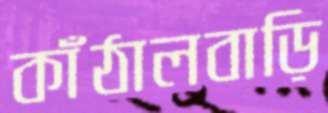
কাঁঠালবাড়ি